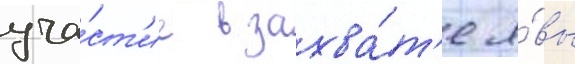
уча́ст'ие в захва́т'е я́вы